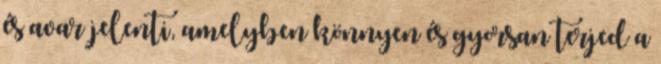
és avar jelenti, amelyben könnyen és gyorsan terjed a